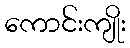
ကောင်းကျိုး